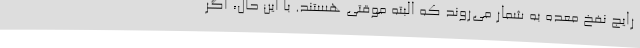
رایج نفخ معده به شمار می‌روند که البته موقتی هستند. با این حال، اگر